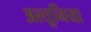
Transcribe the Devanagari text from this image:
अल्तूनिया